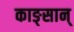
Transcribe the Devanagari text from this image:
काङ्सान्